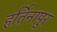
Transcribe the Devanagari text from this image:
हर्तिनापुर